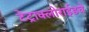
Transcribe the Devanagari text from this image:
टेट्राक्लोराईडचे